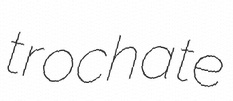
trochate